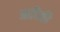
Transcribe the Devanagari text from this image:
आदिकी